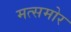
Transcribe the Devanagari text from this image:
मत्समोर